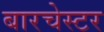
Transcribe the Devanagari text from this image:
बारचेस्टर